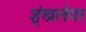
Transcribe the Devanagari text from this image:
शृंखलेवर